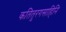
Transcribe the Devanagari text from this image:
कतितुरगसाहिनि